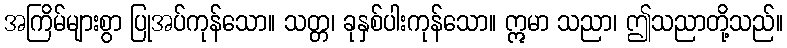
အကြိမ်များစွာ ပြုအပ်ကုန်သော။ သတ္တ၊ ခုနှစ်ပါးကုန်သော။ ဣမာ သညာ၊ ဤသညာတို့သည်။